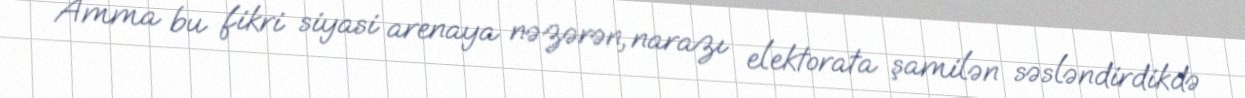
Amma bu fikri siyasi arenaya nəzərən, narazı elektorata şamilən səsləndirdikdə